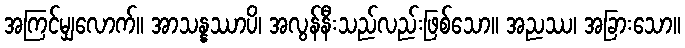
အကြင်မျှလောက်။ အာသန္နဿာပိ၊ အလွန်နီးသည်လည်းဖြစ်သော။ အညဿ၊ အခြားသော။